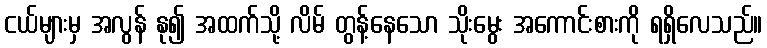
ငယ်များမှ အလွန် နု၍ အထက်သို့ လိမ် တွန့်နေသော သိုးမွေး အကောင်းစားကို ရရှိလေသည်။